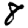
Digit: 8